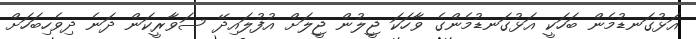
އަޅުގަނޑުމެން ބަހަކީ އަޅުގަނޑުމެންގެ ވާހަކަ ޖީލުން ޖީލަށް އުފުލައިދޭ ސަވާރީކަން ދަނެ ދިވެހިބަހަށް